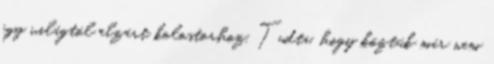
egy világtól elzárt kolostorhoz. Tudta, hogy köztük már nem